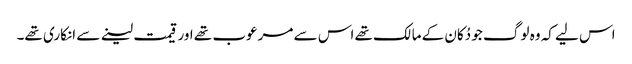
اس لیے کہ وہ لوگ جو دُکان کے مالک تھے اس سے مرعوب تھے اور قیمت لینے سے انکاری تھے۔